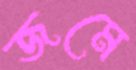
জমে